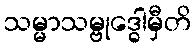
သမ္မာသမ္ဗုဒ္ဓေါမှီတိ